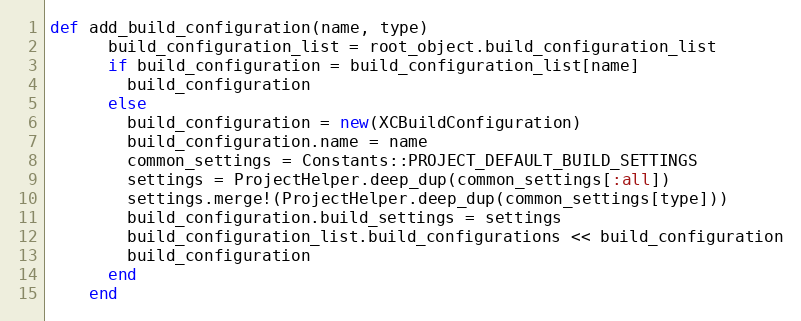
Language: Ruby
def add_build_configuration(name, type)
      build_configuration_list = root_object.build_configuration_list
      if build_configuration = build_configuration_list[name]
        build_configuration
      else
        build_configuration = new(XCBuildConfiguration)
        build_configuration.name = name
        common_settings = Constants::PROJECT_DEFAULT_BUILD_SETTINGS
        settings = ProjectHelper.deep_dup(common_settings[:all])
        settings.merge!(ProjectHelper.deep_dup(common_settings[type]))
        build_configuration.build_settings = settings
        build_configuration_list.build_configurations << build_configuration
        build_configuration
      end
    end